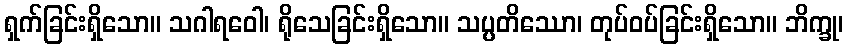
ရှက်ခြင်းရှိသော။ သဂါရဝေါ၊ ရိုသေခြင်းရှိသော။ သပ္ပတိဿော၊ တုပ်ဝပ်ခြင်းရှိသော။ ဘိက္ခု၊